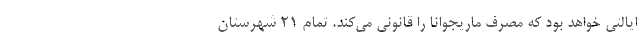
ایالتی خواهد بود که مصرف ماریجوانا را قانونی می‌کند. تمام ۲۱ شهرستان